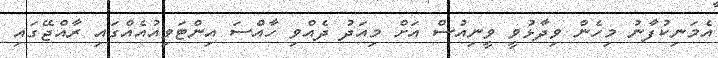
އެމަނިކުފާނު މިހެން ވިދާޅުވީ ވީނިއުސް އަށް މިއަދު ދެއްވި ހާއްސަ އިންޓަވިއުއެއްގައި ރާއްޖޭގައި